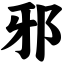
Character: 邪